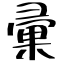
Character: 彙